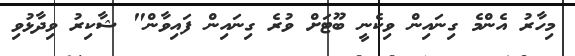
މިހާރު އެންމެ ގިނައިން ވިކެނީ ބޫޓަށް ވުރެ ގިނައިން ފައިވާން" ޝާކިރު ވިދާޅުވި